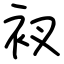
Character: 衩